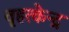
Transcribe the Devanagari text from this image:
वृहत्केन्द्र